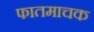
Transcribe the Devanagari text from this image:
फातमाचक